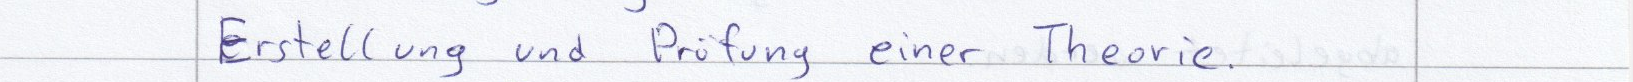
Erstellung und Prüfung einer Theorie.